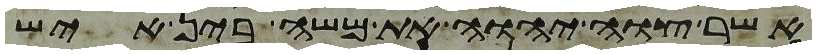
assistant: אשר צוה יהוה את משה בין איש